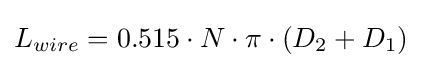
L_{wire}=0.515\cdot N\cdot \pi \cdot (D_{2}+D_{1})